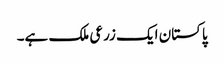
پاکستان ایک زرعی ملک ہے۔